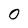
Character: O